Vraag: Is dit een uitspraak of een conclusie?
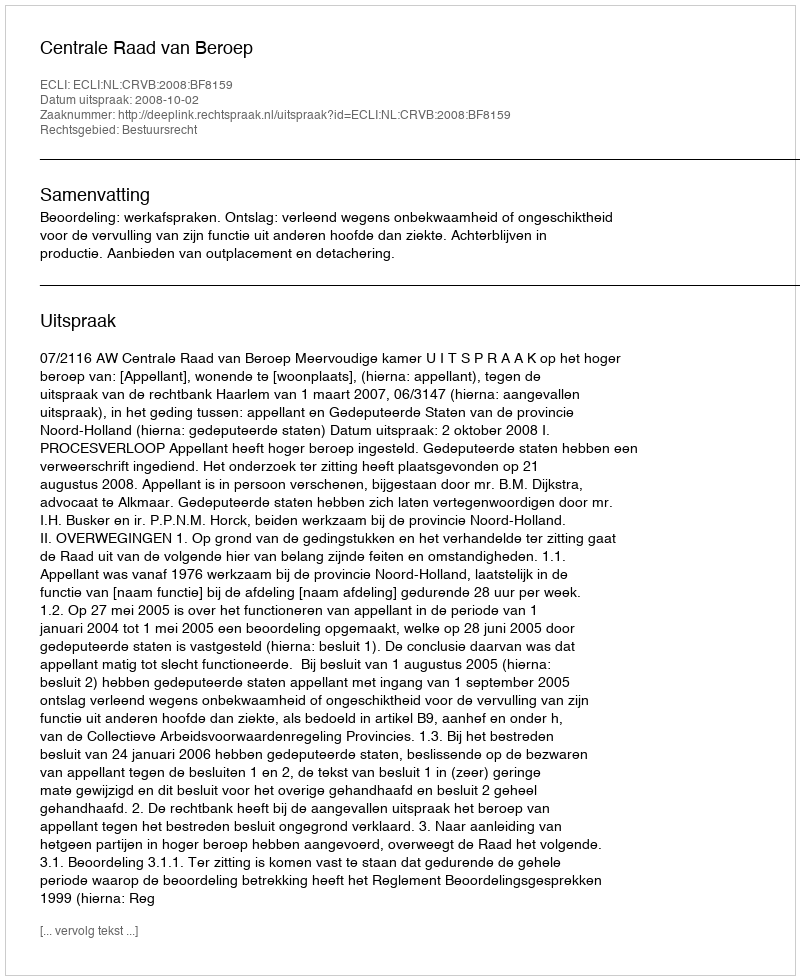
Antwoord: Uitspraak